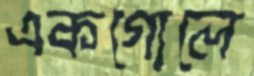
একগোলে